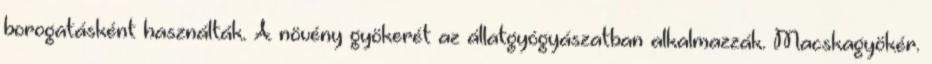
borogatásként használták. A növény gyökerét az állatgyógyászatban alkalmazzák. Macskagyökér.